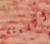
اللعنة